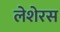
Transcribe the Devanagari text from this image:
लेशेरस